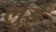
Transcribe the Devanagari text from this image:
लुईे